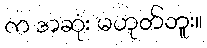
က အဆုံး မဟုတ်ဘူး။